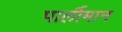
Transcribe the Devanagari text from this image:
पार्लीमान